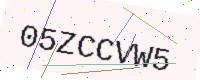
Text: 05ZCCVW5